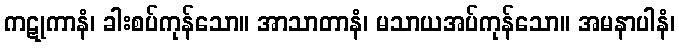
ကဋုကာနံ၊ ခါးစပ်ကုန်သော။ အာသာတာနံ၊ မသာယအပ်ကုန်သော။ အမနာပါနံ၊